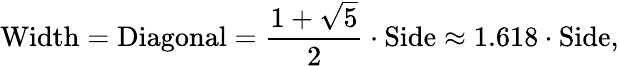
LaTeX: {\mathrm{Width}}={\mathrm{Diagonal}}={\frac{1+{\sqrt{5}}}{2}}\cdot{\mathrm{Side}}\approx 1.618\cdot{\mathrm{Side}},